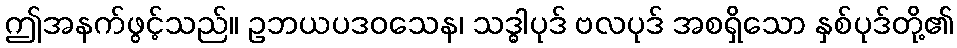
ဤအနက်ဖွင့်သည်။ ဥဘယပဒဝသေန၊ သဒ္ဓါပုဒ် ဗလပုဒ် အစရှိသော နှစ်ပုဒ်တို့၏